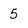
Character: 5